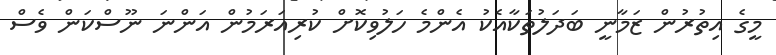
މީގެ އިތުރުން ޒަމާނީ ބަދަލުތަކާއެކު އެންމެ ހަލުވިކޮށް ކުރިއަރަމުން އަންނަ ނޫސްކަން ވެސް